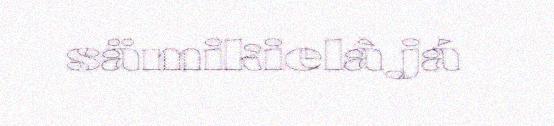
sämikielâ já